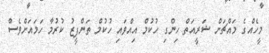
މީހެއްގެ މައްޗަށް ޝަރީއަތް ހިންގި ހުކުމް އިއްވައި ހުކުމް ތަންފީޒު ކުރުމާ ހަމައަށްވެސް